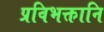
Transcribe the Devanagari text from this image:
प्रविभक्तानि